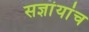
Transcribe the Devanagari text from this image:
सज्ञांयांच